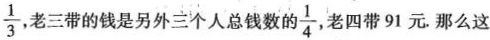
\frac{1}{3}，老三带的钱是另外三个人总钱数的\frac{1}{4},老四带91元.那么这